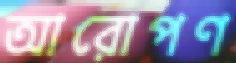
আরোপণ